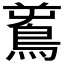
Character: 𪀝